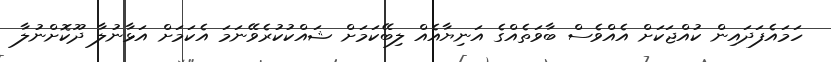
ހަމައެފަދައިން ކުއްޖަކަށް އެއްވެސް ބާވަތެއްގެ އަނިޔާއެއް ލިބޭކަމަށް ޝައްކުކުރެވޭނަމަ އެކަމަށް އަޅާނުލާ ދޫކޮށްނުލާ